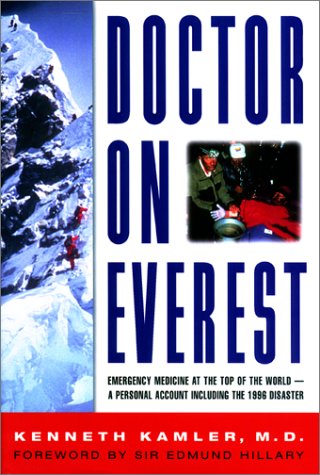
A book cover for Doctor on Everest; Dr. Kenneth Kamler; Travel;